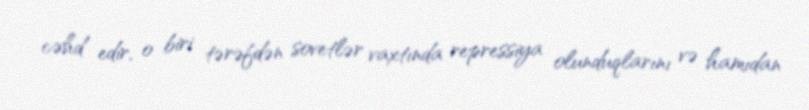
cəhd edir, o biri tərəfdən sovetlər vaxtında repressiya olunduqlarını və hamıdan